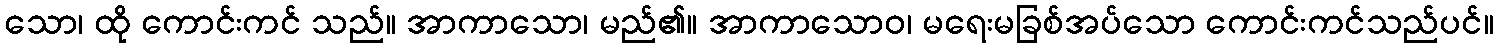
သော၊ ထို ကောင်းကင် သည်။ အာကာသော၊ မည်၏။ အာကာသောဝ၊ မရေးမခြစ်အပ်သော ကောင်းကင်သည်ပင်။